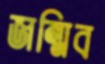
জন্মিব